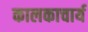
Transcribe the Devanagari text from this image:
कालकाचार्य